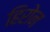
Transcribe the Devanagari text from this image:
हिरोन